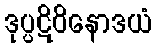
ဒုပ္ပဋိဝိနောဒယံ